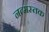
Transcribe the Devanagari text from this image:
नत्मस्तक